Report of veterinary surgeon J.H. Steel, A.V.D., on his investigation into an obscure and fatal disease among transport mules in British Burma
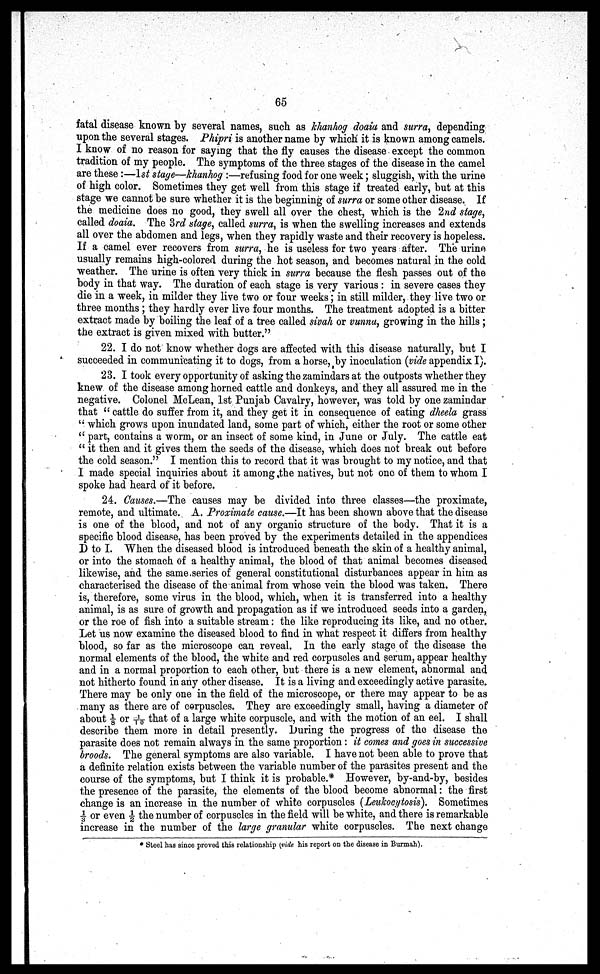
65
fatal disease known by several names, such as klanhog doaia and surra, depending
upon the several stages. Phipri is another name by which it is known among camels.
I know of no reason for saying that the fly causes the disease except the common
tradition of my people. The symptoms of the three stages of the disease in the camel
are these :—1st staye—khanhog :—refusing food for one week; sluggish, with the urine
of high color. Sometimes they get well from this stage if treated early, but at this
stage we cannot be sure whether it is the beginning of surra or some other disease. If
the medicine does no good, they swell all over the chest, which is the 2nd stage,
called doaia. The 3rd stage, called surra, is when the swelling increases and extends
all over the abdomen and legs, when they rapidly waste and their recovery is hopeless.
If a camel ever recovers from surra, he is useless for two years after. The urine
usually remains high-colored during the hot season, and becomes natural in the cold
weather. The urine is often very thick in surra because the flesh passes out of the
body in that way. The duration of each stage is very various : in severe cases they
die in a week, in milder they live two or four weeks; in still milder, they live two or
three months ; they hardly ever live four months. The treatment adopted is a bitter
extract made by boiling the leaf of a tree called sivah or vunna, growing in the hills ;
the extract is given mixed with butter.''
22. I do not know whether dogs are affected with this disease naturally, but I
succeeded in communicating it to dogs, from a horse, by inoculation {vide appendix I).
23. I took every opportunity of asking the zamindars at the outposts whether they
knew of the disease among horned cattle and donkeys, and they all assured me in the
negative. Colonel McLean, 1st Punjab Cavalry, however, was told by one zamindar
that " cattle do suffer from it, and they get it in consequence of eating dheela grass
" which grows upon inundated land, some part of which, either the root or some other
" part, contains a worm, or an insect of some kind, in June or July. The cattle eat
" it then and it gives them the seeds of the disease, which does not break out before
the cold season." I mention this to record that it was brought to my notice, and that
I made special inquiries about it among the natives, but not one of them to whom I
spoke had heard of it before.
24. Causes.—The causes may be divided into three classes—the proximate,
remote, and ultimate. A. Proximate cause.—It has been shown above that the disease
is one of the blood, and not of any organic structure of the body. That it is a
specific blood disease, has been proved by the experiments detailed in the appendices
I) to I. When the diseased blood is introduced beneath the skin of a healthy animal,
or into the stomach of a healthy animal, the blood of that animal becomes diseased
likewise, and the same series of general constitutional disturbances appear in him as
characterised the disease of the animal from whose vein the blood was taken. There
is, therefore, some virus in the blood, which, when it is transferred into a healthy
animal, is as sure of growth and propagation as if we introduced seeds into a garden,
or the roe of fish into a suitable stream: the like reproducing its like, and no other.
Let us now examine the diseased blood to find in what respect it differs from healthy
blood, so far as the microscope can reveal. In the early stage of the disease the
normal elements of the blood, the white and red corpuscles and serum, appear healthy
and in a normal proportion to each other, but there is a new element, abnormal and
not hitherto found in any other disease. It is a living and exceedingly active parasite.
There may be only one in the field of the microscope, or there may appear to be as
many as there are of corpuscles. They are exceedingly small, having a diameter of
about 1/8 or -1/10 that of a large white corpuscle, and with the motion of an eel. I shall
describe them more in detail presently, During the progress of the disease the
parasite does not remain always in the same proportion : it comes and goes in successive
broods. The general symptoms are also variable. I have not been able to prove that
a definite relation exists between the variable number of the parasites present and the
course of the symptoms, but I think it is probable.* However, by-and-by, besides
the presence of the parasite, the elements of the blood become abnormal: the first
change is an increase in the number of white corpuscles (Leukocytosis). Sometimes
1/3 or even 1/2 the number of corpuscles in the field will be white, and there is remarkable
increase in the number of the large granular white corpuscles. The next change
* Steel has since proved this relationship {vide his report on the disease in Burmah).